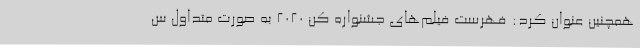
همچنین عنوان کرد: فهرست فیلم‌های جشنواره کن 2020 به صورت متداول س